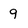
Character: 9